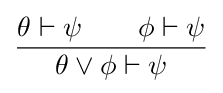
{\frac {\theta \vdash \psi \quad \quad \phi \vdash \psi }{\theta \vee \phi \vdash \psi }}